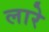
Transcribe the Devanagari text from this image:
लारे